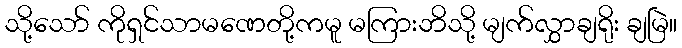
သို့သော် ကိုရှင်သာမဏေတို့ကမူ မကြားဘိသို့ မျက်လွှာချရိုး ချမြဲ။